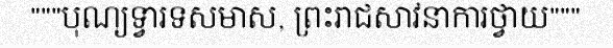
"""បុណ្យទ្វារទសមាស, ព្រះរាជសាវនាការថ្វាយ"""